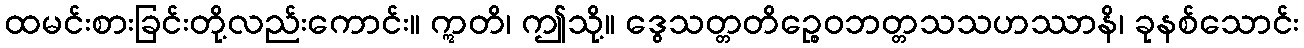
ထမင်းစားခြင်းတို့လည်းကောင်း။ ဣတိ၊ ဤသို့။ ဒွေသတ္တတိဉ္စေဝဘတ္တသသဟဿာနိ၊ ခုနစ်သောင်း